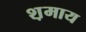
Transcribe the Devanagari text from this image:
श़माय